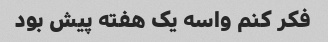
فکر کنم واسه یک هفته پیش بود